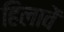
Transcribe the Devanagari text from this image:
हिलावें